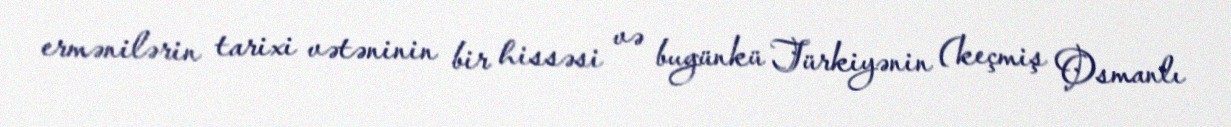
ermənilərin tarixi vətəninin bir hissəsi və bugünkü Türkiyənin (keçmiş Osmanlı